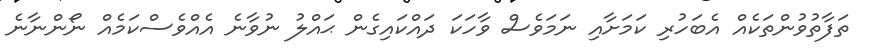
ތަފާތުވުންތަކެއް އެބަހުރި ކަމަށާއި ނަމަވެސް ވާހަކަ ދައްކައިގެން ޙައްލު ނުވާނެ އެއްވެސްކަމެއް ނޯންނާނެ